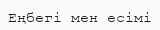
Еңбегі мен есімі